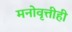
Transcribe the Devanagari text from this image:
मनोवृत्तीही